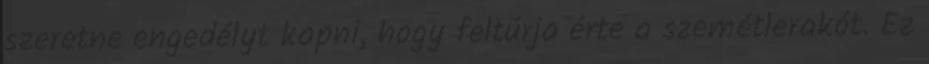
szeretne engedélyt kapni, hogy feltúrja érte a szemétlerakót. Ez